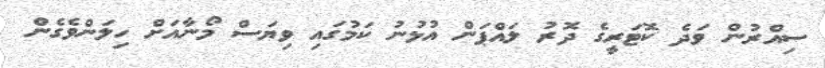
ސިއްރުން ވަދެ ކޮޓަރީގެ ދޮރު ލައްޕަން އުޅުނު ކަމުގައި ވިޔަސް މޯނާއަށް ހިލަންވެގެން